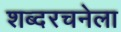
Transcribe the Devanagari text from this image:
शब्दरचनेला